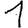
Digit: 1